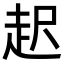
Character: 𧺫